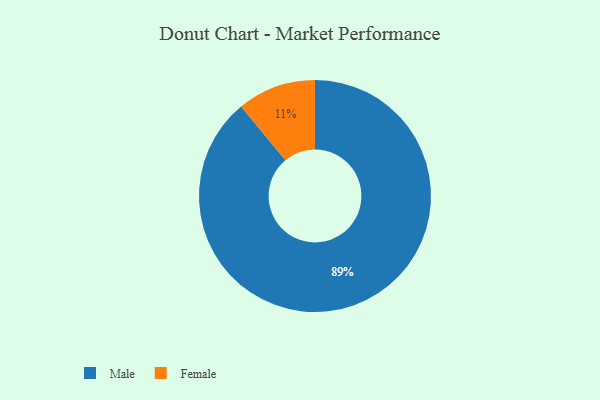
{"axis": {"x": "Category", "y": "Percentage"}, "legend": ["Female", "Male"], "data": [{"x": "Female", "y": 11, "type": "Female"}, {"x": "Male", "y": 89, "type": "Male"}]}